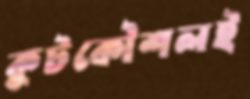
কূটকৌশলই